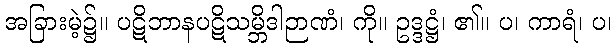
အခြားမဲ့၌။ ပဋိဘာနပဋိသမ္ဘိဒါဉာဏံ၊ ကို။ ဥဒ္ဒဋ္ဌံ၊ ၏။ ပ၊ ကာရံ၊ ပ၊